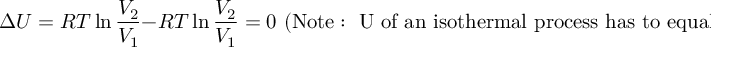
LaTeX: \Delta U = R T \ln { \frac { V _ { 2 } } { V _ { 1 } } } - R T \ln { \frac { V _ { 2 } } { V _ { 1 } } } = 0 { \mathrm { ~ ( N o t e : ~ U ~ o f ~ a n ~ i s o t h e r m a l ~ p r o c e s s ~ h a s ~ t o ~ e q u a l ~ 0 ) } }